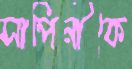
সাপিনীকে